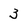
Character: 3